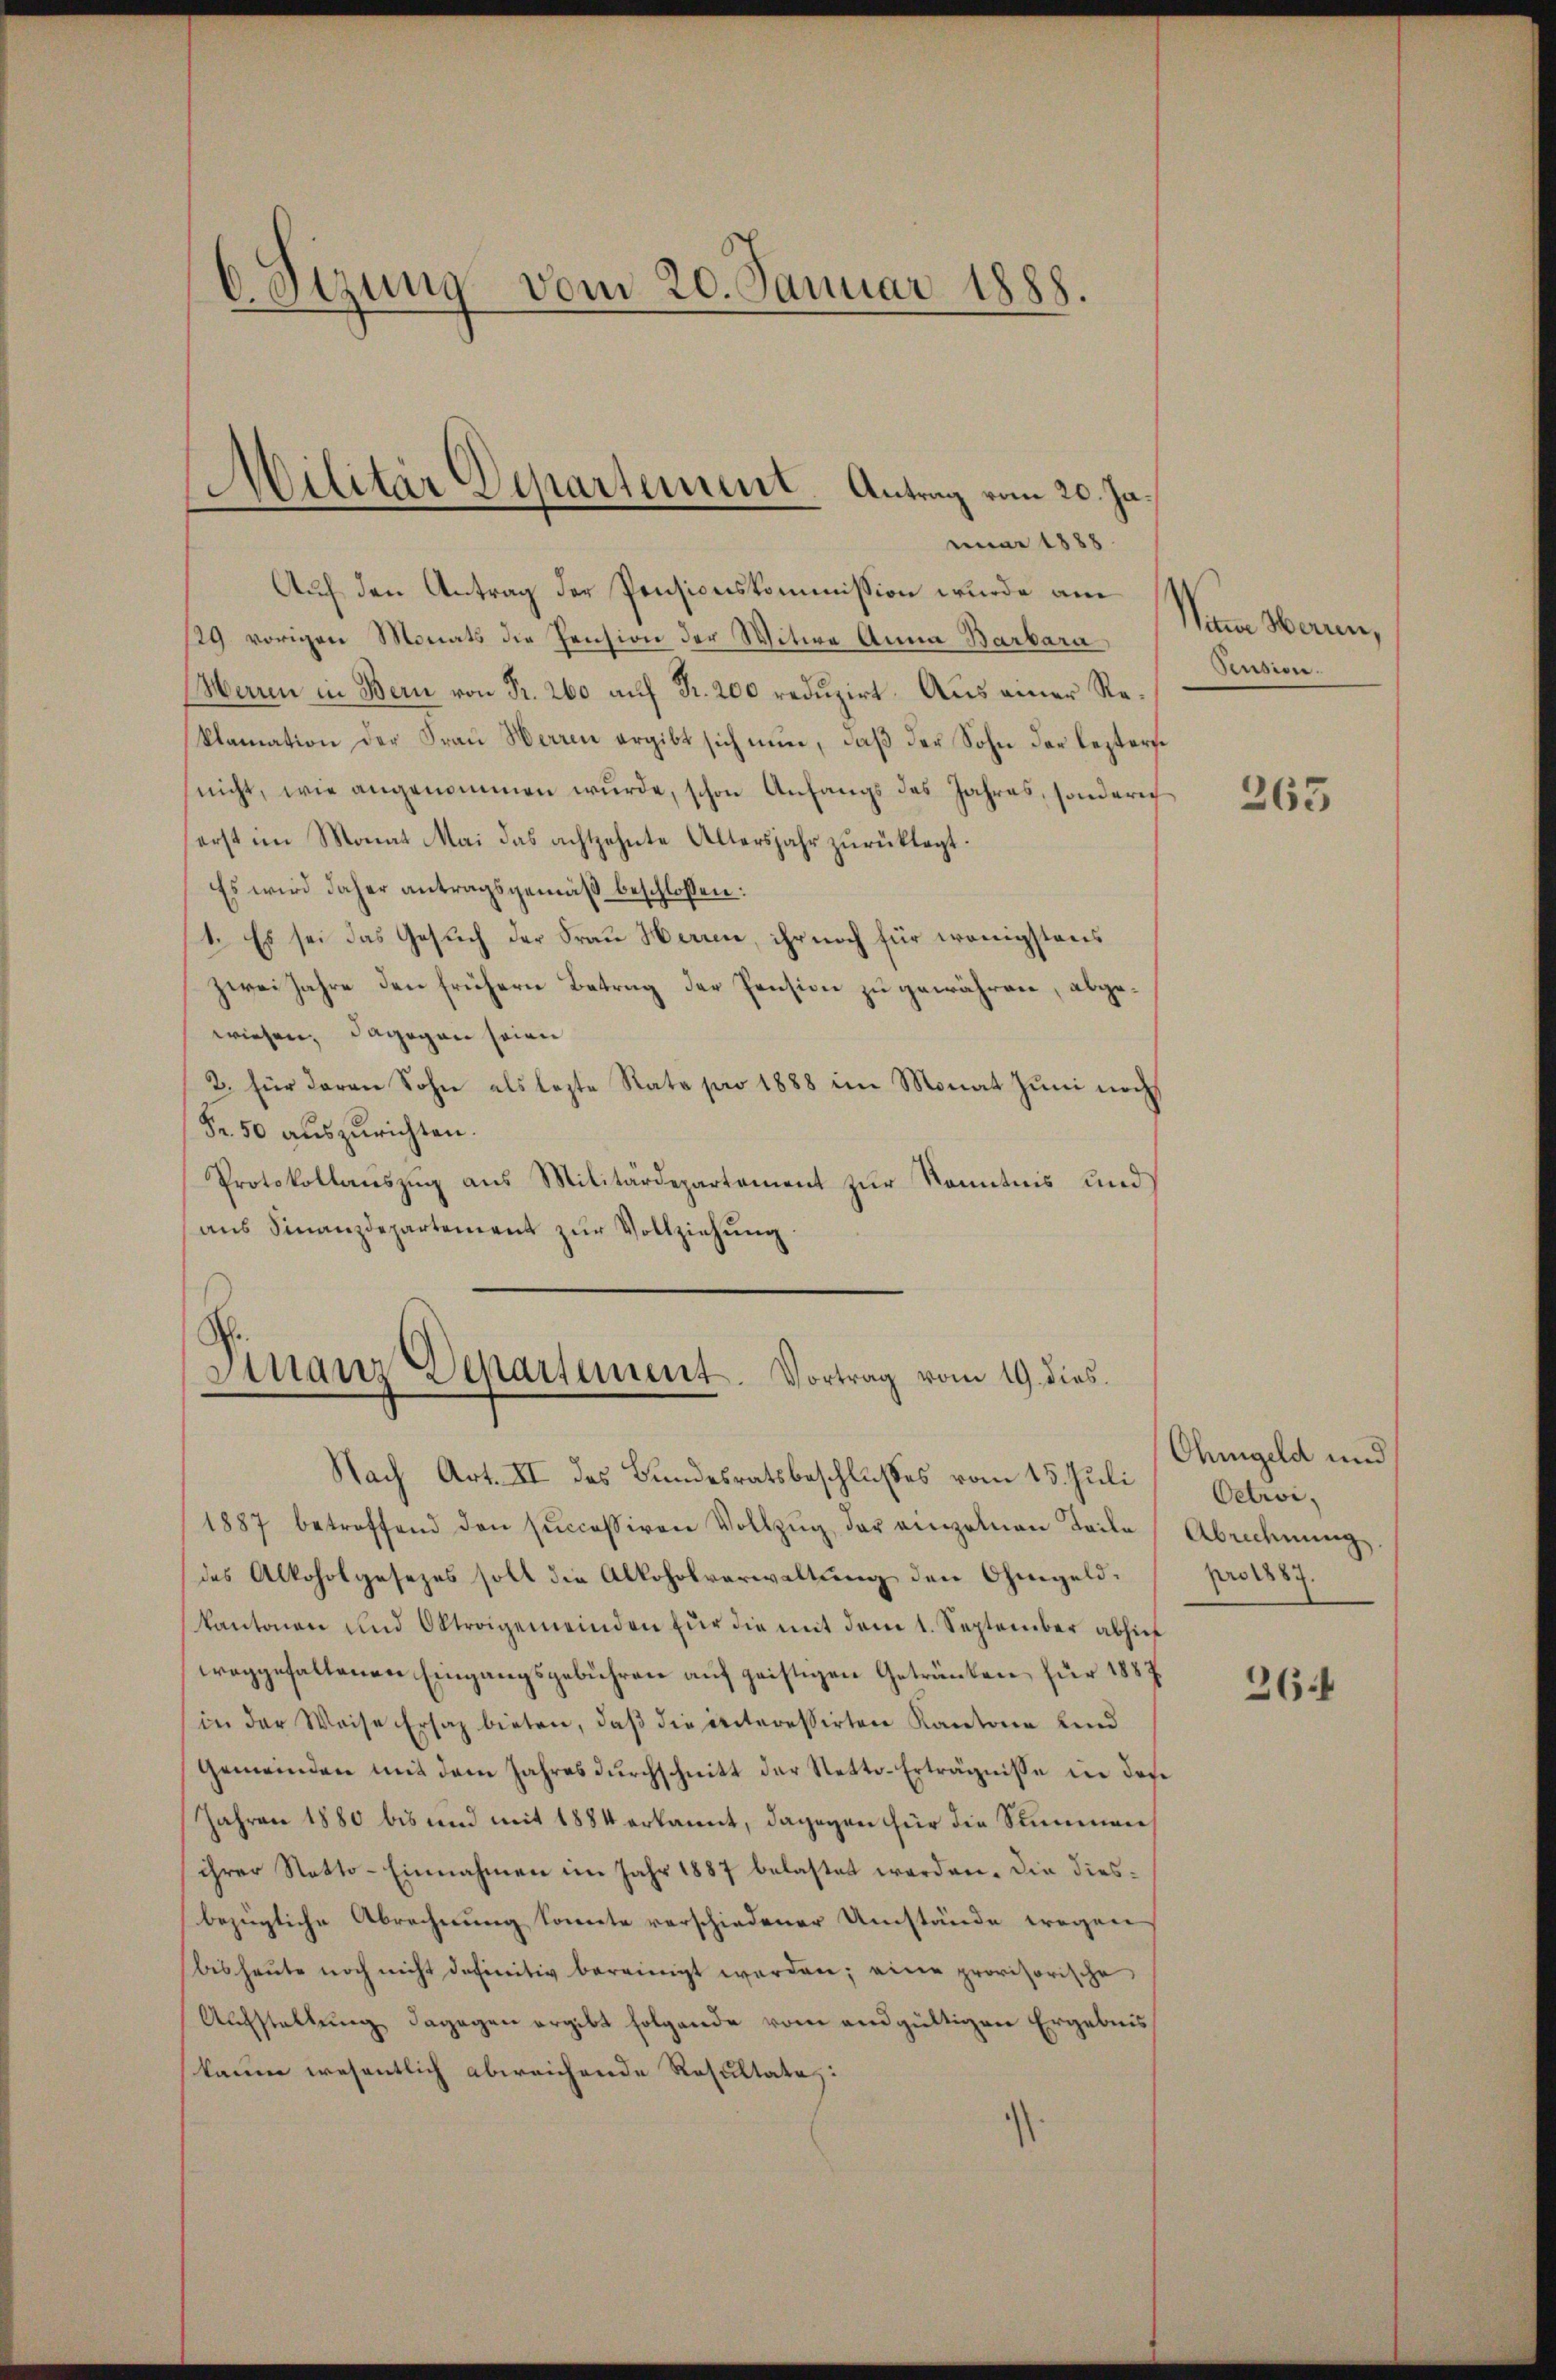
6. Sitzung vom 20. Januar 1888.

Auf den Antrag der Pensionskommission wurde am
29 vorigen Monats die Pension der Witwe Anna Barbara
Waren in Bern von Fr. 260 auf Fr. 200 reduzirt. Aus einer Reklamation der Frau Werren ergibt sich nun, daß der Sohn der leztere
nicht, wie angenommen wurde, schon Anfangs des Jahres, sonderich
erst im Monat Mai das achtzehnte Altersjahr zurüklagt.
Es wird daher antragsgemäß beschlossen:
1. Es sei das Gesuch der Frau Herre, ihr noch für wenigstens
zwei Jahre den frühern Betrag der Pension zu gewähren, abgewiesen, dagegen seine
2. für daran Sohn als lezte Rata pro 1888 im Monat Juni noch
Fr. 50 auszurichten.
Protokollaŭszŭg aŭs Militärdepartement zŭr Kenntnis und
ans Finanzdepartement zŭr Vollziehung

Militär Departement. Antrag vom 20. Januar 1888

Finanz Departement. Vortrag vom 19. dies

Nach Art. II des Bundesratsbeschlusses vom 15. Juli
1887 betreffend den successiven Vollzŭg der einzelnen Teile (Abrechnŭng.
des Alkoholgesezes soll die Alkoholverwaltung den Ohmgeld¬
Kantonen und Oktrogemeinden für die mit dem 1. September abhief
weggehaltenen Eingangsgebühren auf geistigen Getränken, für 1887
(in der Weise Ersatz bieten, daß die interessirten Kantone und
Gemeinden mit dem Jahres dŭrchschnitt der Netto-Erträgnisse in des
Jahren 1880 bis und mit 1884 erkannt, dagegen für die Summen
ihrer Netto-Einnahmen im Jahr 1887 belastet worden. Die diesbezügliche Abrechnung konnte verschiedener Umstände wegen
bis heute noch nicht definitiv bereinigt werden; eine provisorische
Aufstellung dagegen ergibt folgende vom andgültigen Ergebnis
kaum wesentlich abweichende Resultate:
1

Nein Mann,
Pension.

263

Ohmgeld und
Oetroi,
pro 1887.

36.